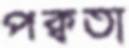
পক্বতা